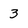
Character: 3